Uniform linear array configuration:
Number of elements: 12
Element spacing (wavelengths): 0.75
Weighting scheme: cosine
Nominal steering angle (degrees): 15
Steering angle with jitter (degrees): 13.337
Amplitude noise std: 0.05
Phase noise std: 0.05

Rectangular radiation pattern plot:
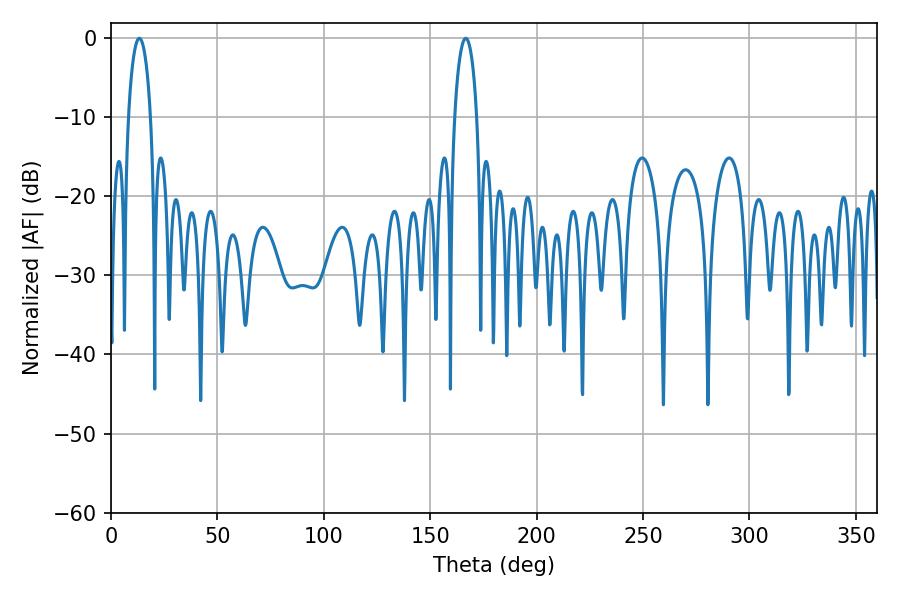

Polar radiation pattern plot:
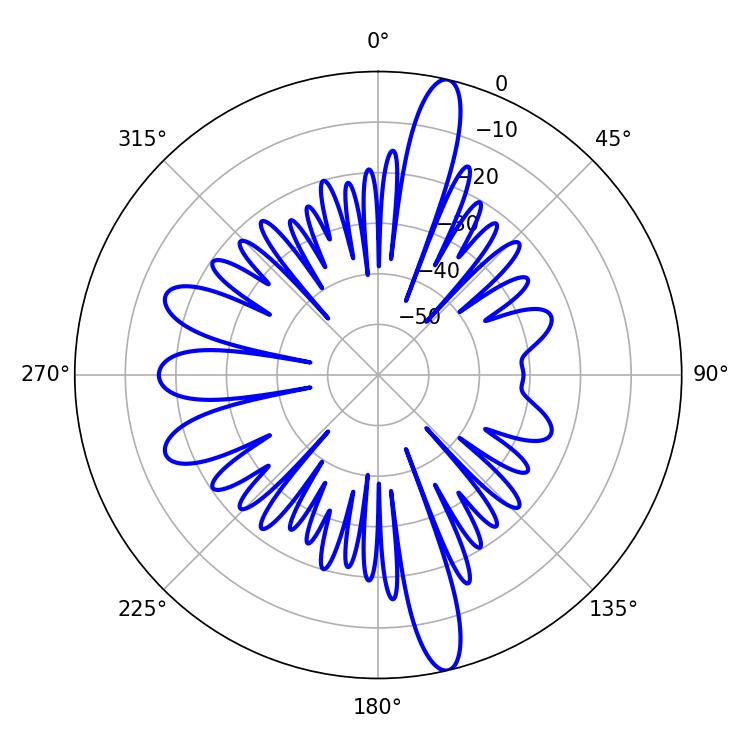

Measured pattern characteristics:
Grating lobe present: TRUE
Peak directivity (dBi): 17.06
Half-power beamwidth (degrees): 5.94
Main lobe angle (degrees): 13.32